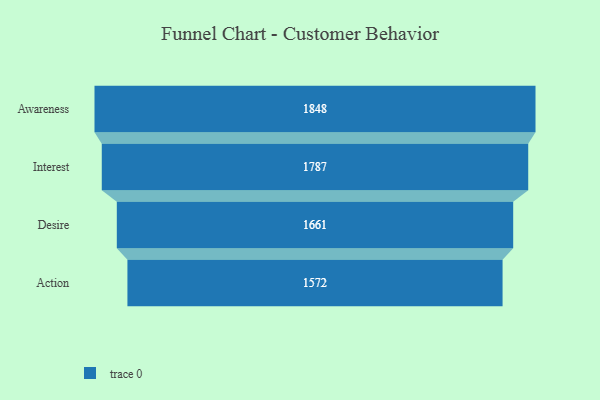
{"axis": {"x": "Stage", "y": "Value"}, "legend": [""], "data": [{"x": "Awareness", "y": 1848.0, "type": ""}, {"x": "Interest", "y": 1787.0, "type": ""}, {"x": "Desire", "y": 1661.0, "type": ""}, {"x": "Action", "y": 1572.0, "type": ""}]}